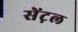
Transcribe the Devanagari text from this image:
सेंट़ल